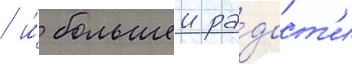
/ и́ большеи ра́дост'и